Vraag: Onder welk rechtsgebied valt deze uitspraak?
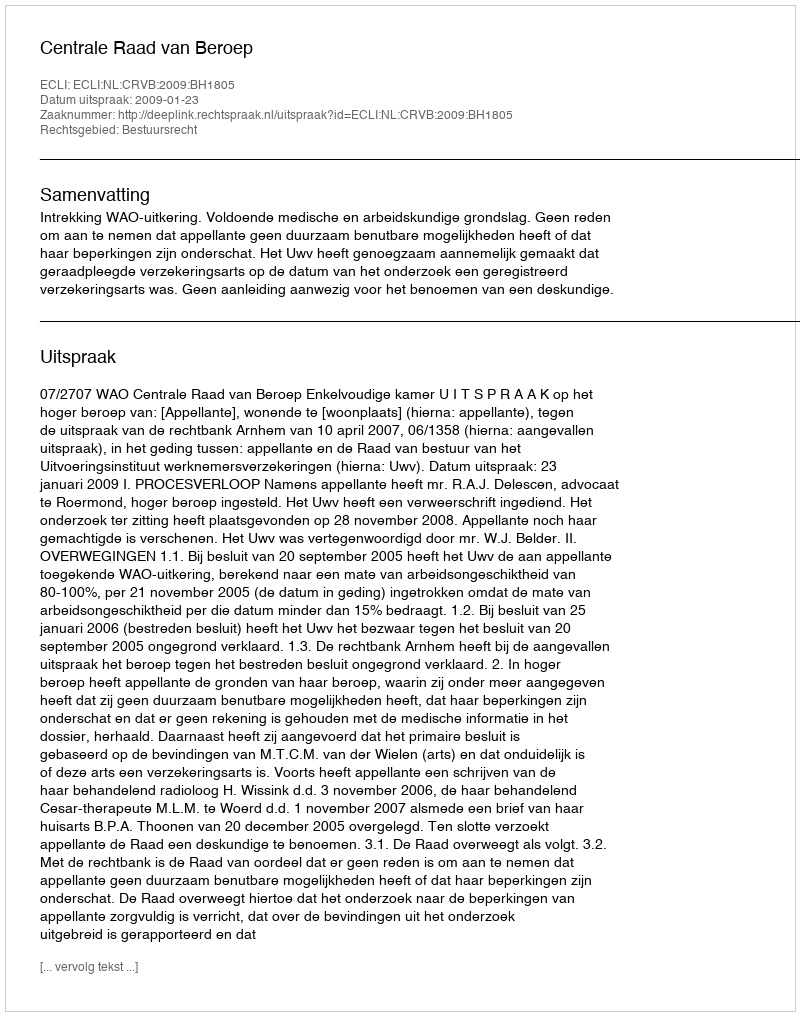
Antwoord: Bestuursrecht